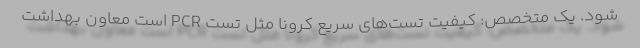
شود. یک متخصص: کیفیت تست‌های سریع کرونا مثل تست PCR است معاون بهداشت